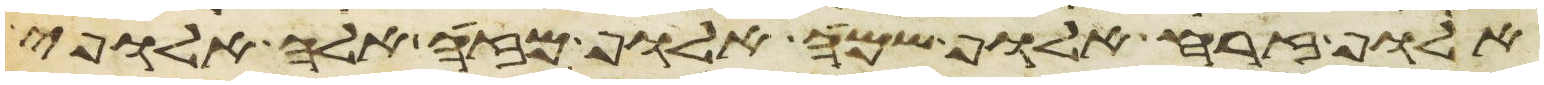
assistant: אלוף זרח אלוף שמח אלוף מזה אלה אלופי